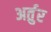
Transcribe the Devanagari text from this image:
अर्तुर